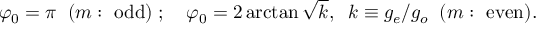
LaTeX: \varphi _ { 0 } = \pi \; \; ( m : \ \mathrm { o d d } ) \; ; \quad \varphi _ { 0 } = 2 \arctan \sqrt { k } , \; \; k \equiv g _ { e } / { g _ { o } } \; \; ( m : \ \mathrm { e v e n } ) .